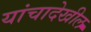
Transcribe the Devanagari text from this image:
यांचादेखील